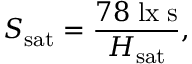
S _ { \mathrm { s a t } } = { \frac { 7 8 \; { \mathrm { l x � s } } } { H _ { \mathrm { s a t } } } } ,